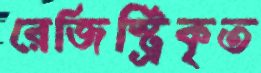
রেজিস্ট্রিকৃত